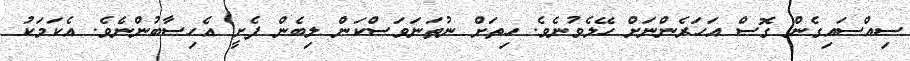
ސިއްސައިގެން ގޮސް އަހަރެންނަށް ހޭލެވުނެވެ. ހިތަށް ނުތަނަވަސްކަން ލިބެން ފެށީ އެހިސާބުންނެވެ. އެކަމަކު